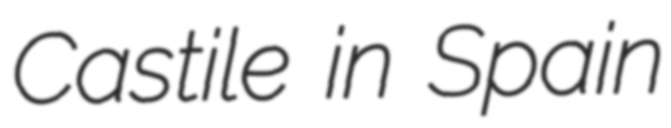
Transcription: Castile in Spain